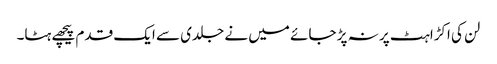
لن کی اکڑاہٹ پر نہ پڑ جائے میں نے جلدی سے ایک قدم پیچھے ہٹا۔